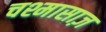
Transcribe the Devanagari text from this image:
चश्मासाज़